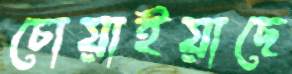
চোয়াইয়াছে